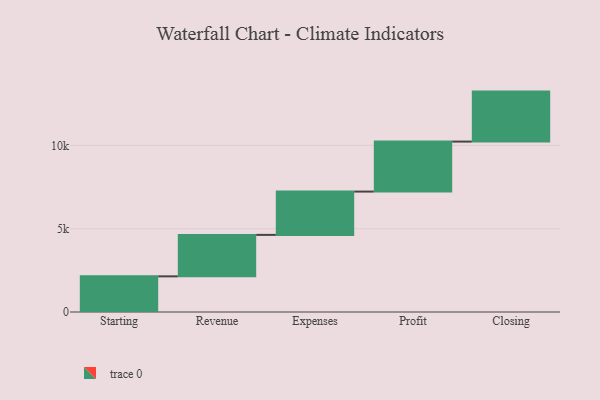
{"axis": {"x": "Step", "y": "Value"}, "legend": [""], "data": [{"x": "Starting", "y": 2139.0, "type": ""}, {"x": "Revenue", "y": 2489.0, "type": ""}, {"x": "Expenses", "y": 2599.0, "type": ""}, {"x": "Profit", "y": 3000, "type": ""}, {"x": "Closing", "y": 3000, "type": ""}]}